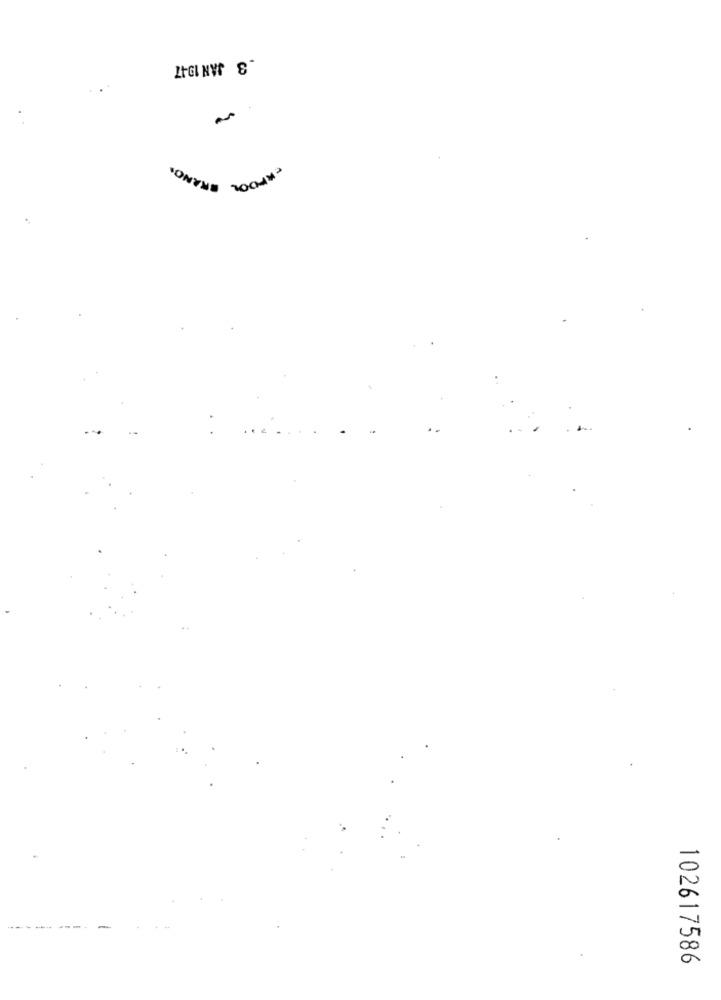
_3 JAN 1947
102617586